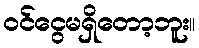
ဝင်ငွေမရှိတော့ဘူး။